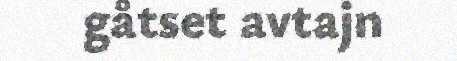
gåtset avtajn